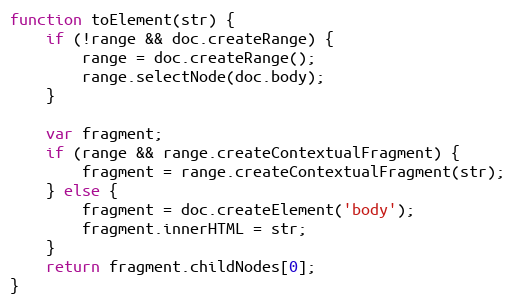
Language: JavaScript
function toElement(str) {
    if (!range && doc.createRange) {
        range = doc.createRange();
        range.selectNode(doc.body);
    }

    var fragment;
    if (range && range.createContextualFragment) {
        fragment = range.createContextualFragment(str);
    } else {
        fragment = doc.createElement('body');
        fragment.innerHTML = str;
    }
    return fragment.childNodes[0];
}